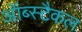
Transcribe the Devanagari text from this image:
ऑब्स्टैकल